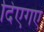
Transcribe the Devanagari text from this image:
दिएगए